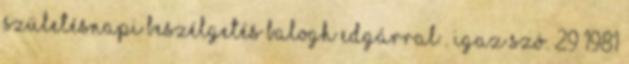
Születésnapi beszélgetés Balogh Edgárral . Igaz Szó. 29 1981